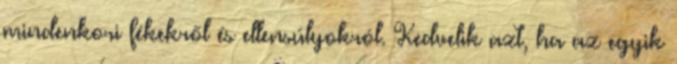
mindenkori fékekről és ellensúlyokról. Kedvelik azt, ha az egyik